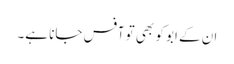
ان کے ابو کو بھی تو آفس جانا ہے۔